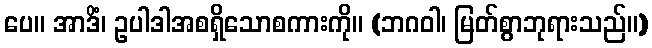
ပေ။ အာဒိံ၊ ဥပါဒါအစရှိသောစကားကို။ (ဘဂဝါ၊ မြတ်စွာဘုရားသည်။)